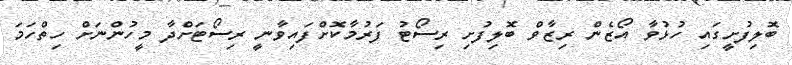
ބޮލިފުށީގައި ހުޅުވާ އޯޒެން ރިޒާވް ބޮލިފުށި ރިސޯޓު ފަރުމާކޮށްފައިވާނީ ރިސޯޓަށްދާ މީހުންނަށް ހިތްހަމަ